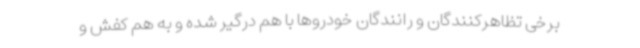
برخی تظاهرکنندگان و رانندگان خودروها با هم درگیر شده و به هم کفش و